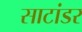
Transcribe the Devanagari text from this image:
साटांडर